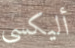
أليكسي